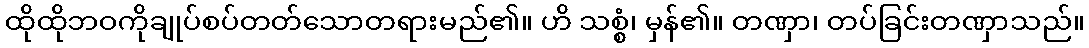
ထိုထိုဘဝကိုချုပ်စပ်တတ်သောတရားမည်၏။ ဟိ သစ္စံ၊ မှန်၏။ တဏှာ၊ တပ်ခြင်းတဏှာသည်။